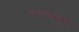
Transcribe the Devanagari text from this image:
कवचनुमा